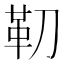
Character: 𩉛